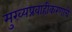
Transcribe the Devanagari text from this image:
मुख्यप्रवाहीकरणाचे